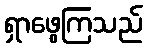
ရှာဖွေကြသည်